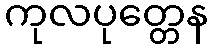
ကုလပုတ္တေန